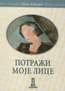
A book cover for Potrazi Moje Lice; DZon Apdajk; Health, Fitness & Dieting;